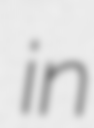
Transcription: in